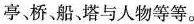
亭桥船塔与人物等等。